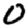
Digit: 0